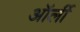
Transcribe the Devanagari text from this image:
ऑर्ली